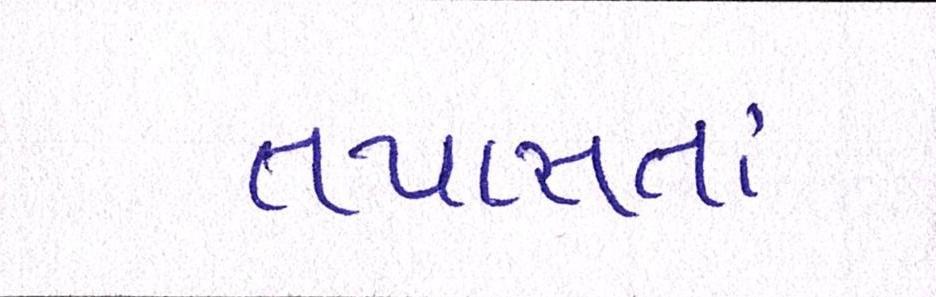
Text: તપાસતાં